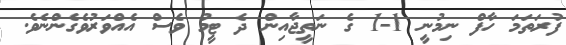
ފުރަތަމަ ހާފް ނިމުނީ 1-1 ގެ ނަތީޖާއިން ދެ ޓީމު ވެސް އެއްވަރުވެގެންނެވެ.